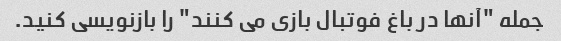
جمله "آنها در باغ فوتبال بازی می کنند" را بازنویسی کنید.